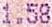
1.58